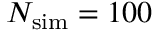
N _ { \mathrm { s i m } } = 1 0 0